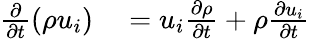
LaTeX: \begin{array}{rl}{{\frac{\partial}{\partial t}}(\rho u_{i})}&{{}=u_{i}{\frac{\partial\rho}{\partial t}}+\rho{\frac{\partial u_{i}}{\partial t}}}\end{array}